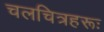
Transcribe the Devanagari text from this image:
चलचित्रहरूः